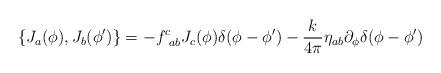
LaTeX: \begin{align*}\{J_a(\phi),J_b(\phi')\}=-f_{~ab}^{c}J_c(\phi)\delta(\phi-\phi')-\frac{k}{4\pi}\eta_{ab}\partial_\phi\delta(\phi-\phi')\end{align*}